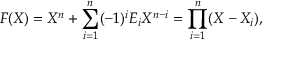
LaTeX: F ( X ) = X ^ { n } + \sum _ { i = 1 } ^ { n } ( - 1 ) ^ { i } E _ { i } X ^ { n - i } = \prod _ { i = 1 } ^ { n } ( X - X _ { i } ) ,